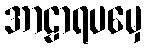
အာဠာရပမှေ